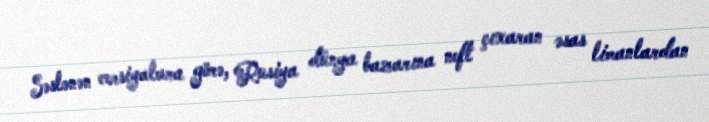
Səslənən versiyalara görə, Rusiya dünya bazarına neft çıxaran əsas limanlardan